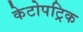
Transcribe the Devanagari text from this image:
केटोपट्रिक